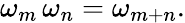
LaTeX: \omega_{m}\, \omega_{n}=\omega_{m+n}.